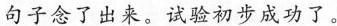
句子念了出来。试验初步成功了。